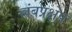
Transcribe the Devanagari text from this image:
लंबप्रक्षेप